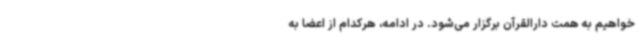
خواهیم به همت دارالقرآن برگزار می‌شود. در ادامه، هرکدام از اعضا به